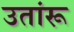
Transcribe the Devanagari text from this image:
उतांरू